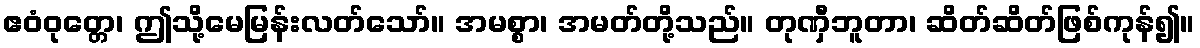
ဧဝံဝုတ္တေ၊ ဤသို့မေမြန်းလတ်သော်။ အမစ္စာ၊ အမတ်တို့သည်။ တုဏှီဘူတာ၊ ဆိတ်ဆိတ်ဖြစ်ကုန်၍။